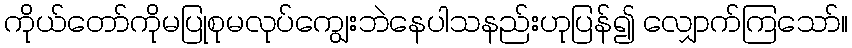
ကိုယ်တော်ကိုမပြုစုမလုပ်ကျွေးဘဲနေပါသနည်းဟုပြန်၍ လျှောက်ကြသော်။